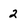
Character: 2